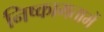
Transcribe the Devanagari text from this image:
निष्कामतामें